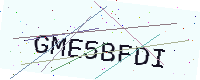
Text: GME5BFDI